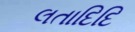
લતાદિદિ